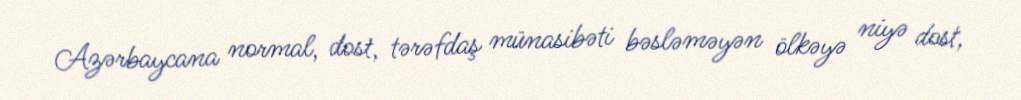
Azərbaycana normal, dost, tərəfdaş münasibəti bəsləməyən ölkəyə niyə dost,